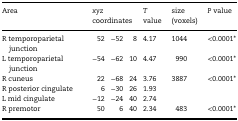
<table><thead><tr><td><b>Area</b></td><td colspan="3"><b><i>xyz</i> coordinates</b></td><td><b><i>T</i> value</b></td><td><b>size (voxels)</b></td><td><b><i>P</i> value</b></td></tr></thead><tbody><tr><td>R temporoparietal junction</td><td>52</td><td>−52</td><td>8</td><td>4.17</td><td>1044</td><td>&lt;0.0001*</td></tr><tr><td>L temporoparietal junction</td><td>−54</td><td>−62</td><td>10</td><td>4.47</td><td>990</td><td>&lt;0.0001*</td></tr><tr><td>R cuneus</td><td>22</td><td>−68</td><td>24</td><td>3.76</td><td>3887</td><td>&lt;0.0001*</td></tr><tr><td>R posterior cingulate</td><td>6</td><td>−30</td><td>26</td><td>1.93</td><td></td><td></td></tr><tr><td>L mid cingulate</td><td>−12</td><td>−24</td><td>40</td><td>2.74</td><td></td><td></td></tr><tr><td>R premotor</td><td>50</td><td>6</td><td>40</td><td>2.34</td><td>483</td><td>&lt;0.0001*</td></tr></tbody></table>